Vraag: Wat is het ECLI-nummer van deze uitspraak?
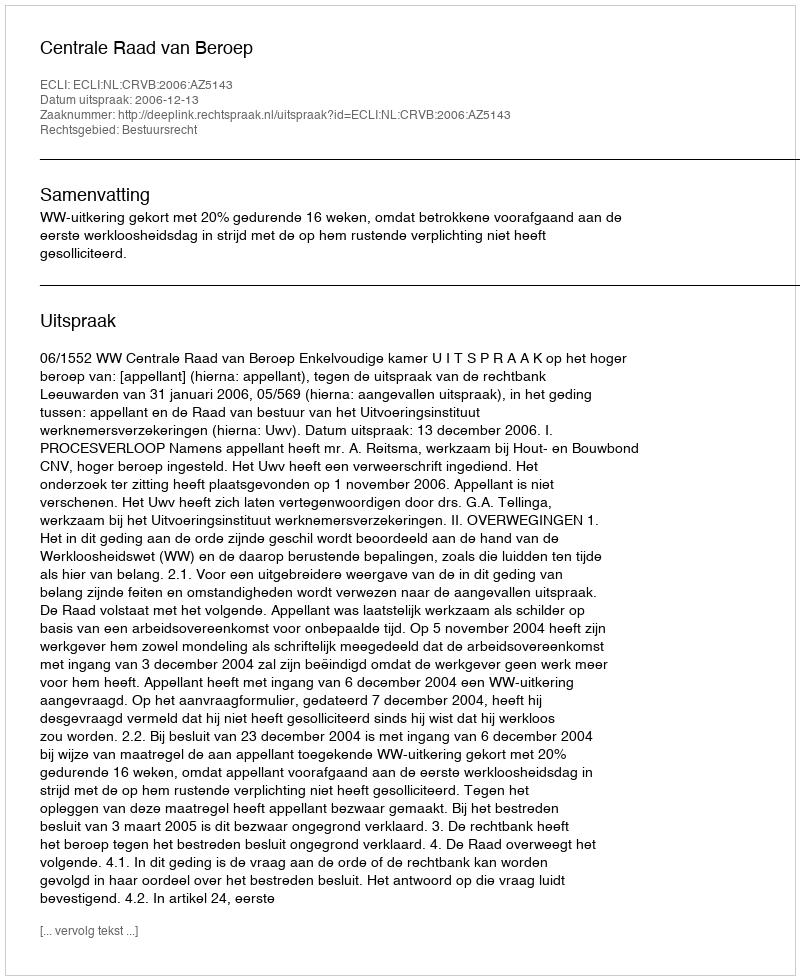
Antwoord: ECLI:NL:CRVB:2006:AZ5143